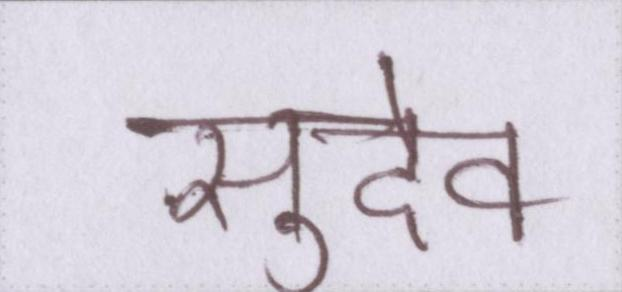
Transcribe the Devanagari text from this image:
सुदेव